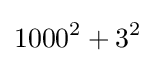
1000^{2}+3^{2}